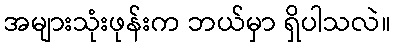
အများသုံးဖုန်းက ဘယ်မှာ ရှိပါသလဲ။